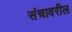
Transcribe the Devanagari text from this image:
संचावरील